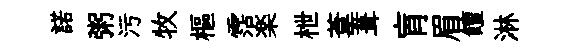
諾粥污牧樞霑楽枻葦葺肓眉饘淋